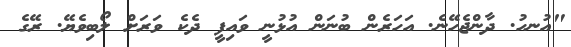
"އުނހު. ދާންޖެހޭނެ. އަހަރެން ބުނަން އުޅުނީ ވައިފީ ދެކެ ވަރަށް ލޯބިވެޔޭ. ރޭގެ